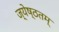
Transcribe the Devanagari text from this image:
ज्येष्ठतम्